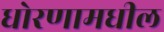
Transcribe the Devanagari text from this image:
धोरणामधील